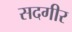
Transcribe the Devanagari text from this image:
सदगीर